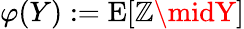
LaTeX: \varphi(Y):=\operatorname{E}[\mathbb{Z}\midY]